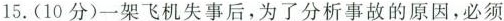
15.(10分)一架飞机失事后，为了分析事故的原因，必须